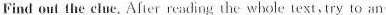
Find out the clue. After reading the whole text, try to an